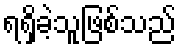
ရရှိခဲ့သူဖြစ်သည်